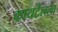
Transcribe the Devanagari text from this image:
कायटेलला